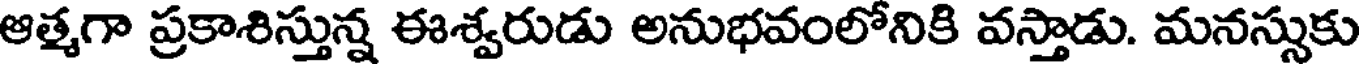
ఆత్మగా ప్రకాశిస్తున్న ఈశ్వరుడు అనుభవంలోనికి వస్తాడు. మనస్సుకు